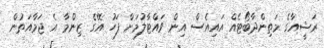
ރަޝީއާގެ މަތިންދާބޯޓެއް އައިއެސް އިން ވައްޓާލުމަށް ފަހު އޭގެ ޒިންމާ އެ ޖަމާއަތުން